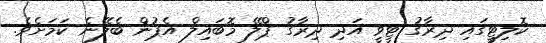
ކޮލިޓީގައި ދިރާގު ޓީވީ އަދި ދިރާގު ޕްލޭ މޮބައިލް އެޕުން ބެލޭނެ ކަމަށެވެ.